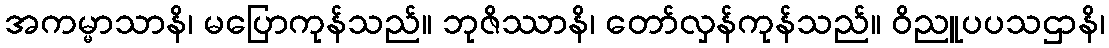
အကမ္မာသာနိ၊ မပြောကုန်သည်။ ဘုဇိဿာနိ၊ တော်လှန်ကုန်သည်။ ဝိညူပပသဌာနိ၊